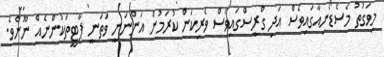
މިވަގުތު މެސެޑޯނިއާގައިވެސް އަދި ގްރީސްގައިވެސް ވެރިކަން ކުރަމުން އަންނަނީ ވަތަނީ ޕާޓީތަކުންނެއް ނޫނެވެ.